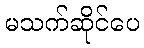
မသက်ဆိုင်ပေ